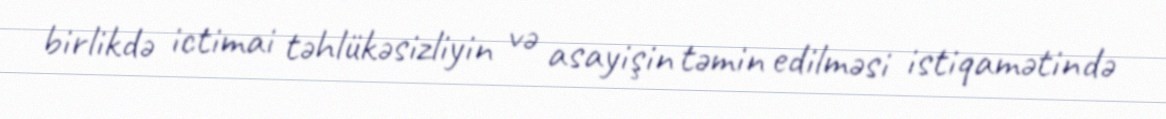
birlikdə ictimai təhlükəsizliyin və asayişin təmin edilməsi istiqamətində